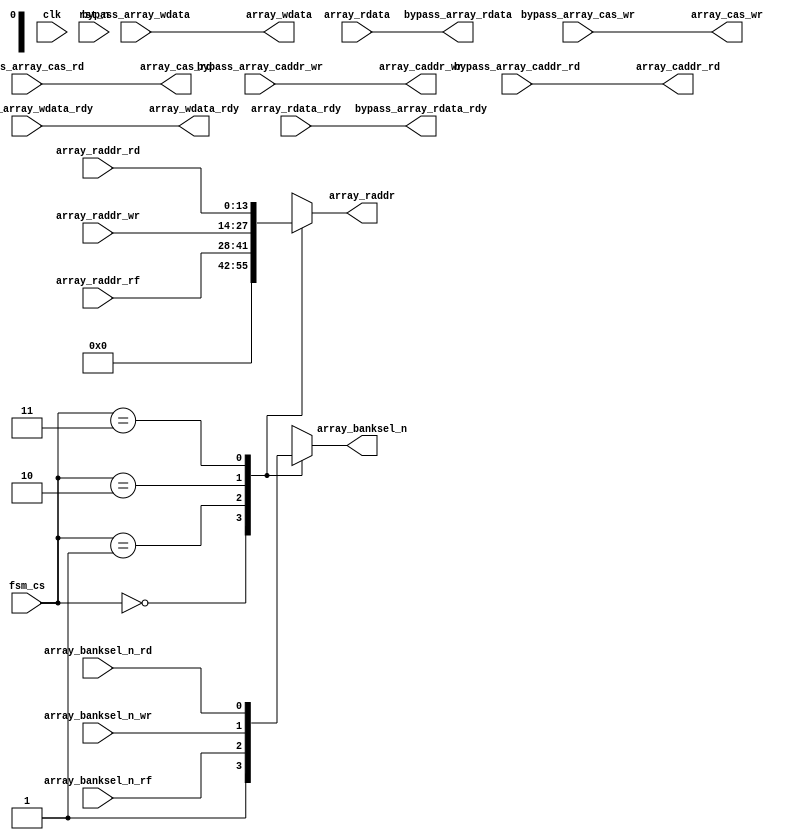
module array_if_sel #(
    parameter AXI_ADDR_WIDTH  = 20                                 ,
    parameter AXI_DATA_WIDTH  = 64                                 ,
    parameter AXI_FRAME_WIDTH = AXI_ADDR_WIDTH + AXI_DATA_WIDTH + 3,
    parameter AXI_RADDR_WIDTH = 14                                 ,
    parameter AXI_CADDR_WIDTH = AXI_ADDR_WIDTH - AXI_RADDR_WIDTH    
)(
    //gloabl signal
    input                            clk                   ,
    input                            rst_n                 ,
    //fsm_ctrl
    input      [1:0]                 fsm_cs                ,
    //array
    output reg                       array_banksel_n       ,
    output reg [AXI_RADDR_WIDTH-1:0] array_raddr           ,
    output                           array_cas_wr          ,
    output     [AXI_CADDR_WIDTH-1:0] array_caddr_wr        ,
    output                           array_cas_rd          ,
    output     [AXI_CADDR_WIDTH-1:0] array_caddr_rd        ,
    output                           array_wdata_rdy       ,
    output     [AXI_DATA_WIDTH-1 :0] array_wdata           ,
    input                            array_rdata_rdy       ,
    input      [AXI_DATA_WIDTH-1 :0] array_rdata           ,
    //array_wr_ctrl
    input                            array_banksel_n_wr    ,
    input      [AXI_RADDR_WIDTH-1:0] array_raddr_wr        ,
    input                            bypass_array_cas_wr   ,
    input      [AXI_CADDR_WIDTH-1:0] bypass_array_caddr_wr ,
    input                            bypass_array_wdata_rdy,
    input      [AXI_DATA_WIDTH-1:0]  bypass_array_wdata    ,  
    //array_rd_ctrl
    input                            array_banksel_n_rd    ,
    input      [AXI_RADDR_WIDTH-1:0] array_raddr_rd        ,
    input                            bypass_array_cas_rd   ,
    input      [AXI_CADDR_WIDTH-1:0] bypass_array_caddr_rd ,
    output                           bypass_array_rdata_rdy,
    output     [AXI_DATA_WIDTH -1:0] bypass_array_rdata    ,
    //array_rf_ctrl
    input                            array_banksel_n_rf    ,
    input      [AXI_RADDR_WIDTH-1:0] array_raddr_rf          
);

parameter IDLE = 2'd0, RF = 2'd1, WR = 2'd2, RD = 2'd3;

always@(*) begin
case(fsm_cs)
    IDLE: array_banksel_n = 1'b1              ;
    RF  : array_banksel_n = array_banksel_n_rf;
    WR  : array_banksel_n = array_banksel_n_wr;
    RD  : array_banksel_n = array_banksel_n_rd;
    default: array_banksel_n = 1'b1           ;
endcase
end

always@(*) begin
case(fsm_cs)
    IDLE: array_raddr = {AXI_RADDR_WIDTH{1'b0}}   ;
    RF  : array_raddr = array_raddr_rf            ;
    WR  : array_raddr = array_raddr_wr            ;
    RD  : array_raddr = array_raddr_rd            ;
    default: array_raddr = {AXI_RADDR_WIDTH{1'b0}};
endcase
end

assign array_cas_wr    = bypass_array_cas_wr   ;      
assign array_caddr_wr  = bypass_array_caddr_wr ;        
assign array_cas_rd    = bypass_array_cas_rd   ;         
assign array_caddr_rd  = bypass_array_caddr_rd ;       
assign array_wdata_rdy = bypass_array_wdata_rdy;       
assign array_wdata     = bypass_array_wdata    ;   

assign bypass_array_rdata_rdy =  array_rdata_rdy;       
assign bypass_array_rdata     =  array_rdata    ;         

endmodule